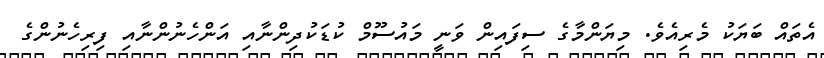
އެތައް ބަޔަކު މެރިއެވެ. މިޔަންމާގެ ސިފައިން ވަނީ މައުސޫމް ކުޑަކުދިންނާއި އަންހެނުންނާއި ފިރިހެނުންގެ